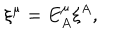
\xi ^ { \mu } = E _ { A } ^ { \mu } \xi ^ { A } ,